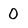
Character: 0